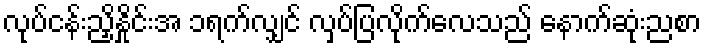
လုပ်ငန်းညှိနှိုင်းအ ၁ရက်လျှင် လှပ်ပြလိုက်လေသည် နောက်ဆုံးညစာ